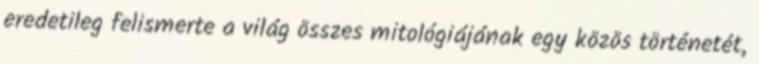
eredetileg felismerte a világ összes mitológiájának egy közös történetét,